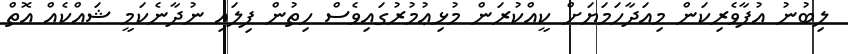
ލިބުނު އުފާވެރިކަން މިއަދާހަމަޔަށް ކީއްކުރަން މުޅިޢުމުރުގައިވެސް ހިތުން ފިލައި ނުދާނެކަމީ ޝައްކެއް އޮތް